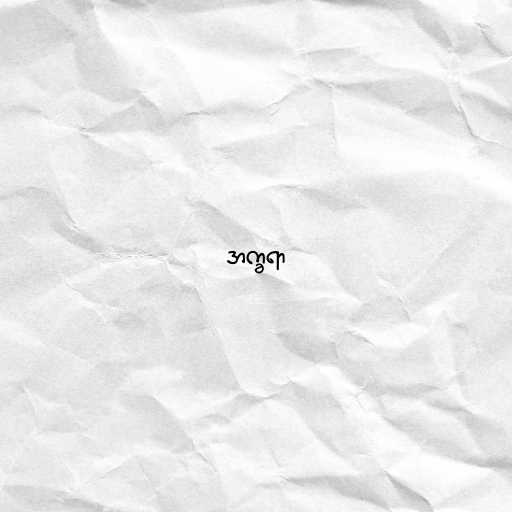
အက္ခရာ